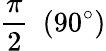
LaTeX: {\frac{\pi}{2}}\ \ (90^{\circ})